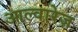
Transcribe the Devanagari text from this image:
आल्वारेज़